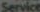
Service